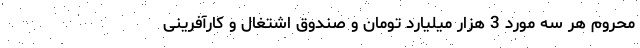
محروم هر سه مورد 3 هزار میلیارد تومان و صندوق اشتغال و کارآفرینی